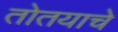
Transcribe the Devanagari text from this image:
तोतयाचे